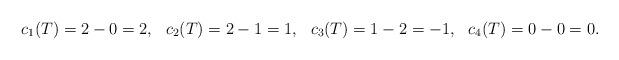
LaTeX: \begin{align*}c_1(T)=2-0=2,&&c_2(T)=2-1=1,&&c_3(T)=1-2=-1,&&c_4(T)=0-0=0.\end{align*}